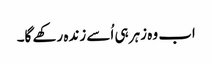
اب وہ زہر ہی اُسے زندہ رکھے گا۔